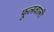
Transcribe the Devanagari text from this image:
फूलवाली